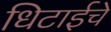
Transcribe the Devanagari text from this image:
धिटाईचे